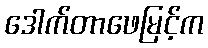
ဒေါက်တာဖေမြင့်က